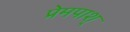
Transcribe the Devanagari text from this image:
प्रेमपाश्